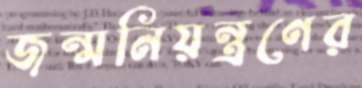
জন্মনিয়ন্ত্রণের